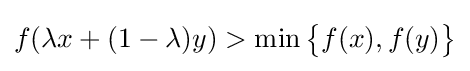
f(\lambda x+(1-\lambda )y)>\min {\big \{}f(x),f(y){\big \}}